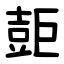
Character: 壾